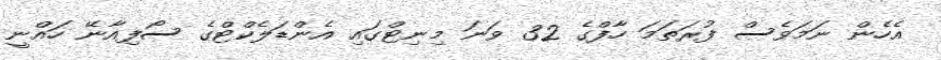
އެހެން ނަމަވެސް ފުރަތަމަ ހާފްގެ 32 ވަނަ މިނިޓްގައި އެންޑަލެކްޓްގެ ސޯފިއާނޭ ހައްނީ